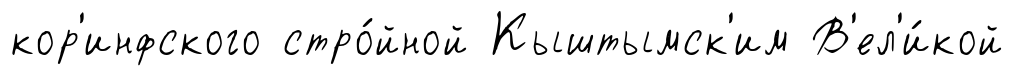
кор'инфского стро́йной Кыштымск'им В'ел'и́кой